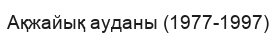
Ақжайық ауданы (1977-1997)